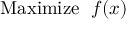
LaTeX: { \mathrm { M a x i m i z e ~ } } \; f ( x )